NASA-UAP-D7, Skylab Techincal Crew Debriefing 1973
Page 11
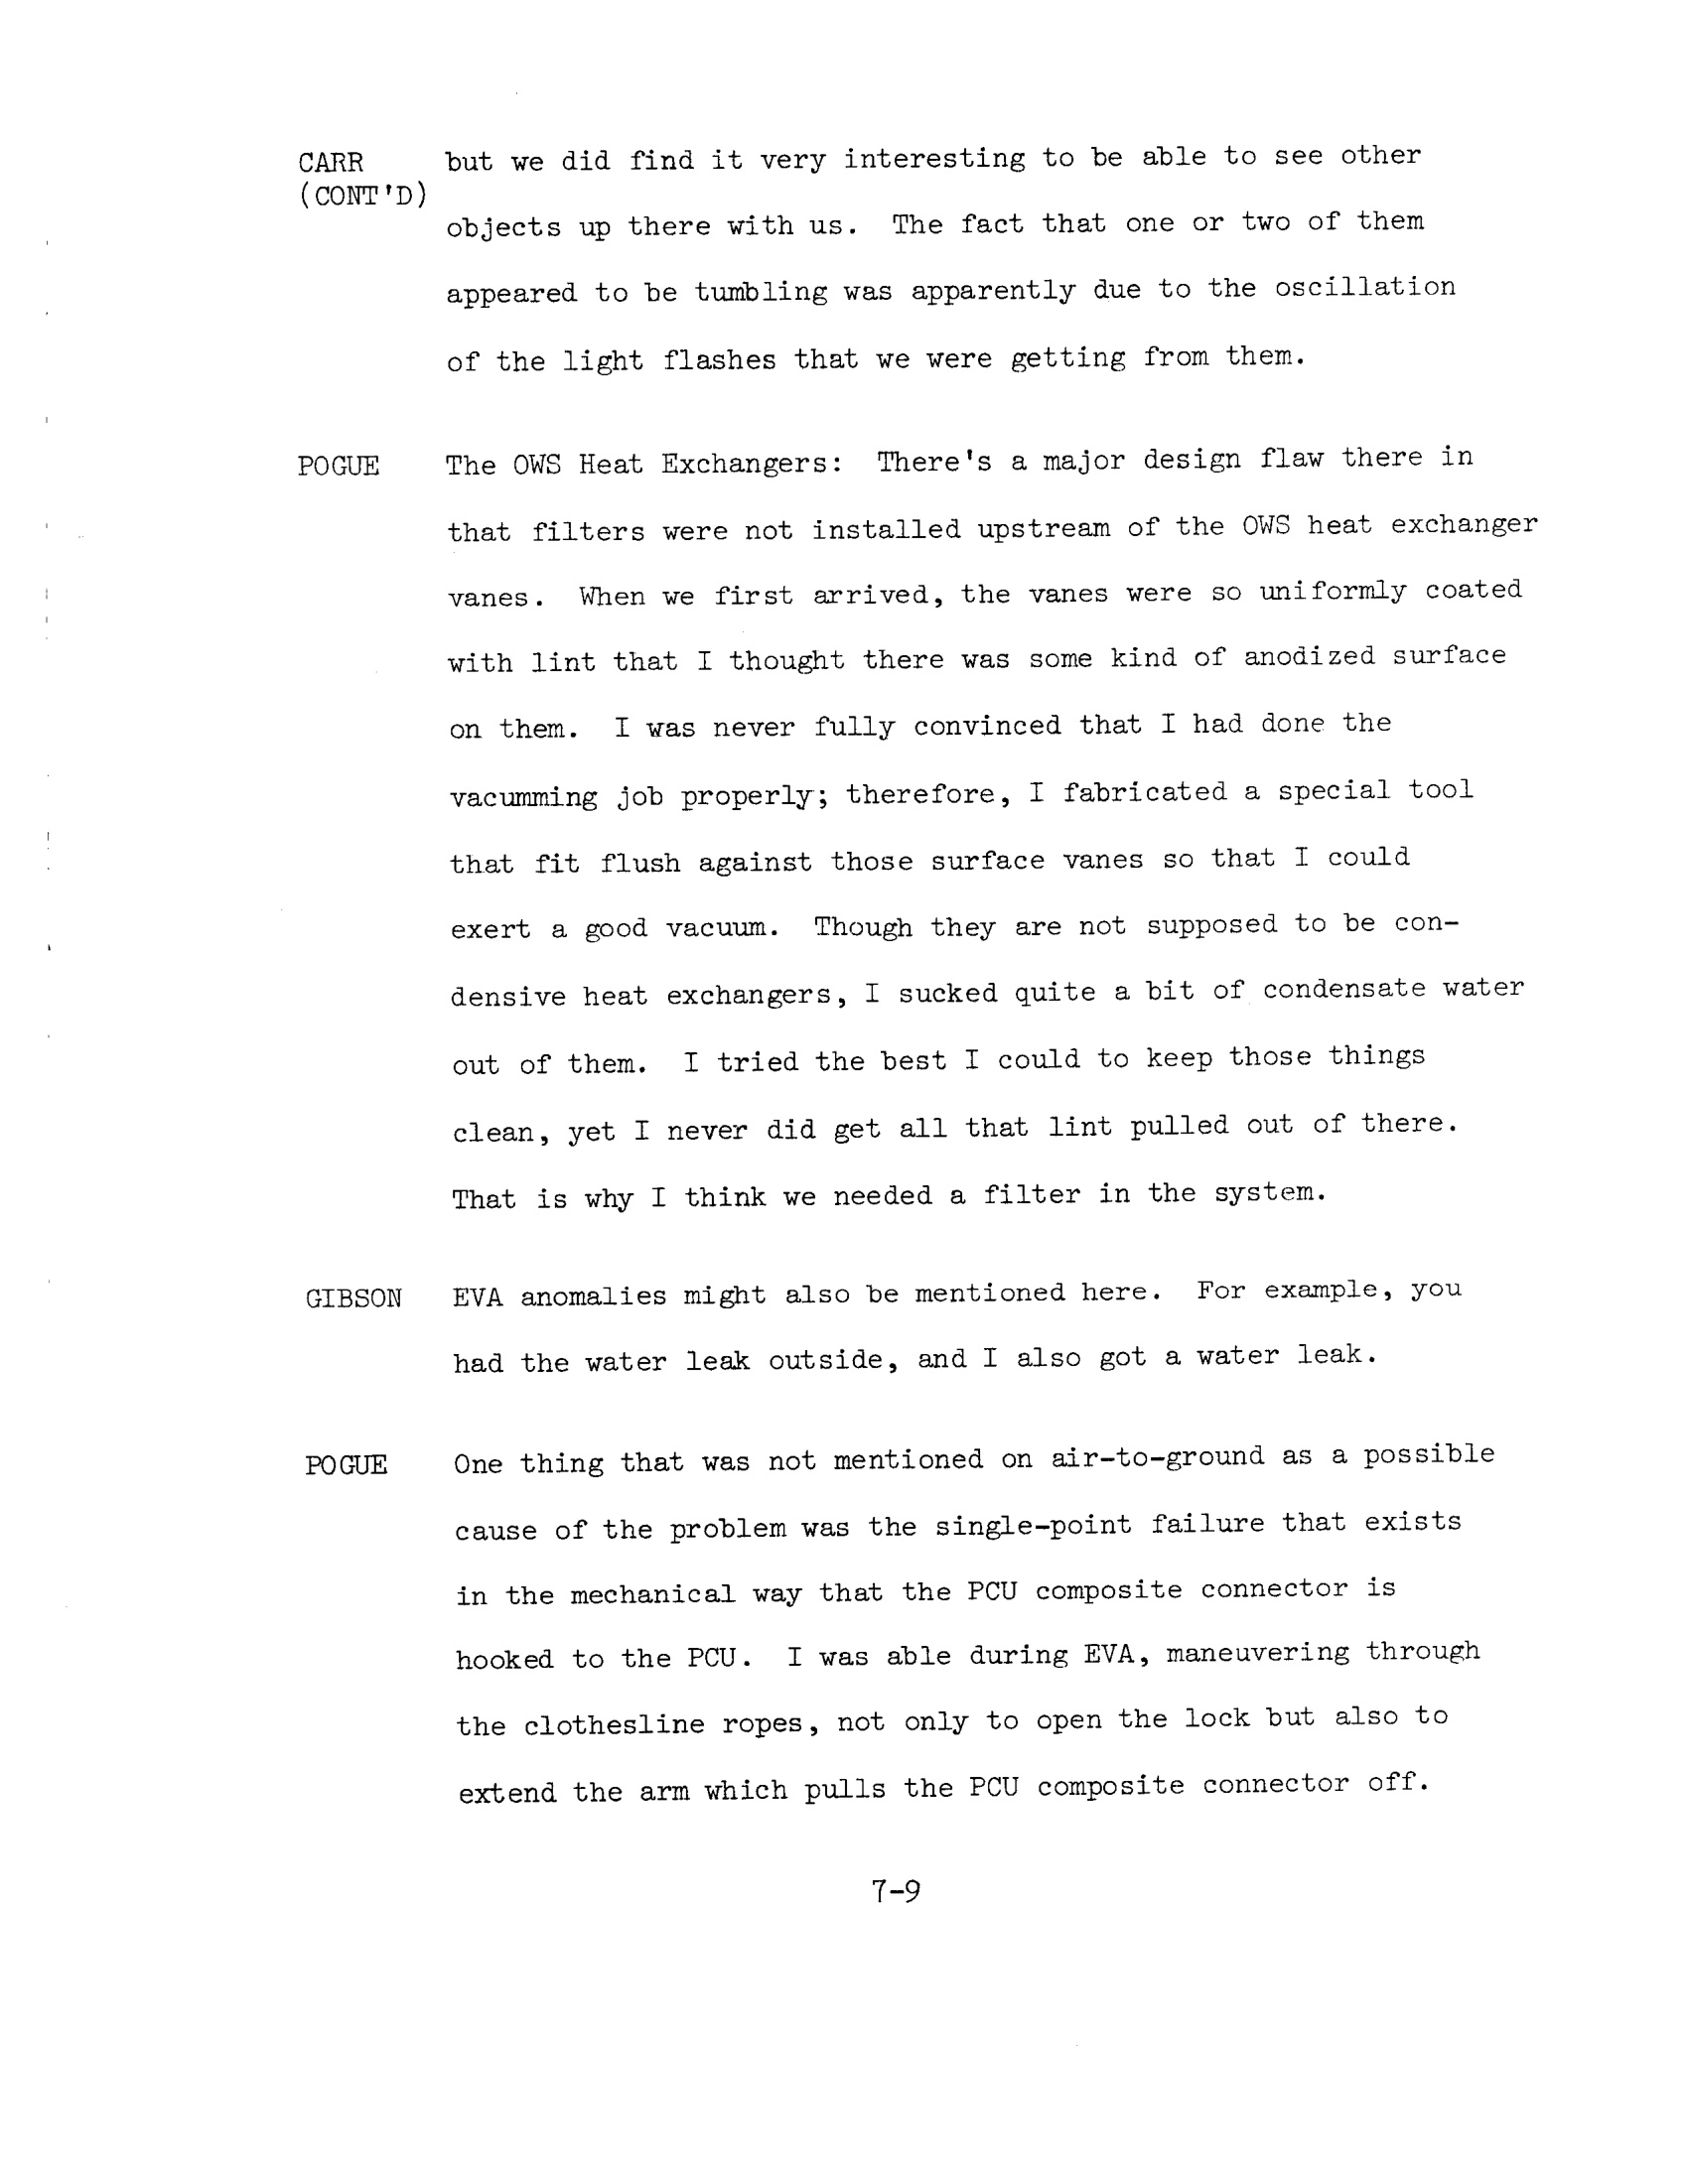